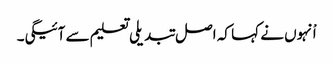
اْنہوں نے کہا کہ اصل تبدیلی تعلیم سے آئیگی۔